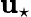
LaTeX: \mathbf{u}_{\star}